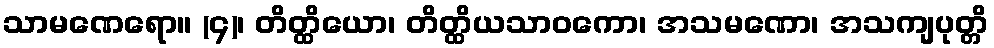
သာမဏေရော။ (၄)၊ တိတ္ထိယော၊ တိတ္ထိယသာဝကော၊ အသမဏော၊ အသကျပုတ္တိ